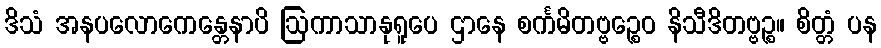
ဒိသံ အနပလောကေန္တေနာပိ ဩကာသာနုရူပေ ဌာနေ စင်္ကမိတဗ္ဗဉ္စေဝ နိသီဒိတဗ္ဗဉ္စ။ စိတ္တံ ပန